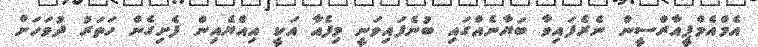
އެމްއެމްޕީއާރްސީން ނެރެފައިވާ ބަޔާނެއްގައި ބުނެފައިވަނީ މިފެއާ އަކީ އިއްޔެއިން ފެށިގެން ހަތަރު ދުވަހަށް